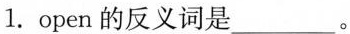
1. open的反义词是___。